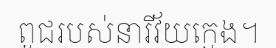
ពូជរបស់នារីវ័យក្មេង។